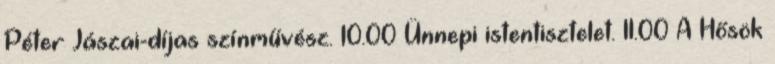
Péter Jászai-díjas színművész. 10.00 Ünnepi istentisztelet. 11.00 A Hősök